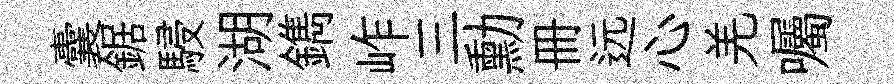
囊鋸駸湖鐫岞三勳册远心羌囑